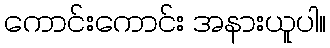
ကောင်းကောင်း အနားယူပါ။